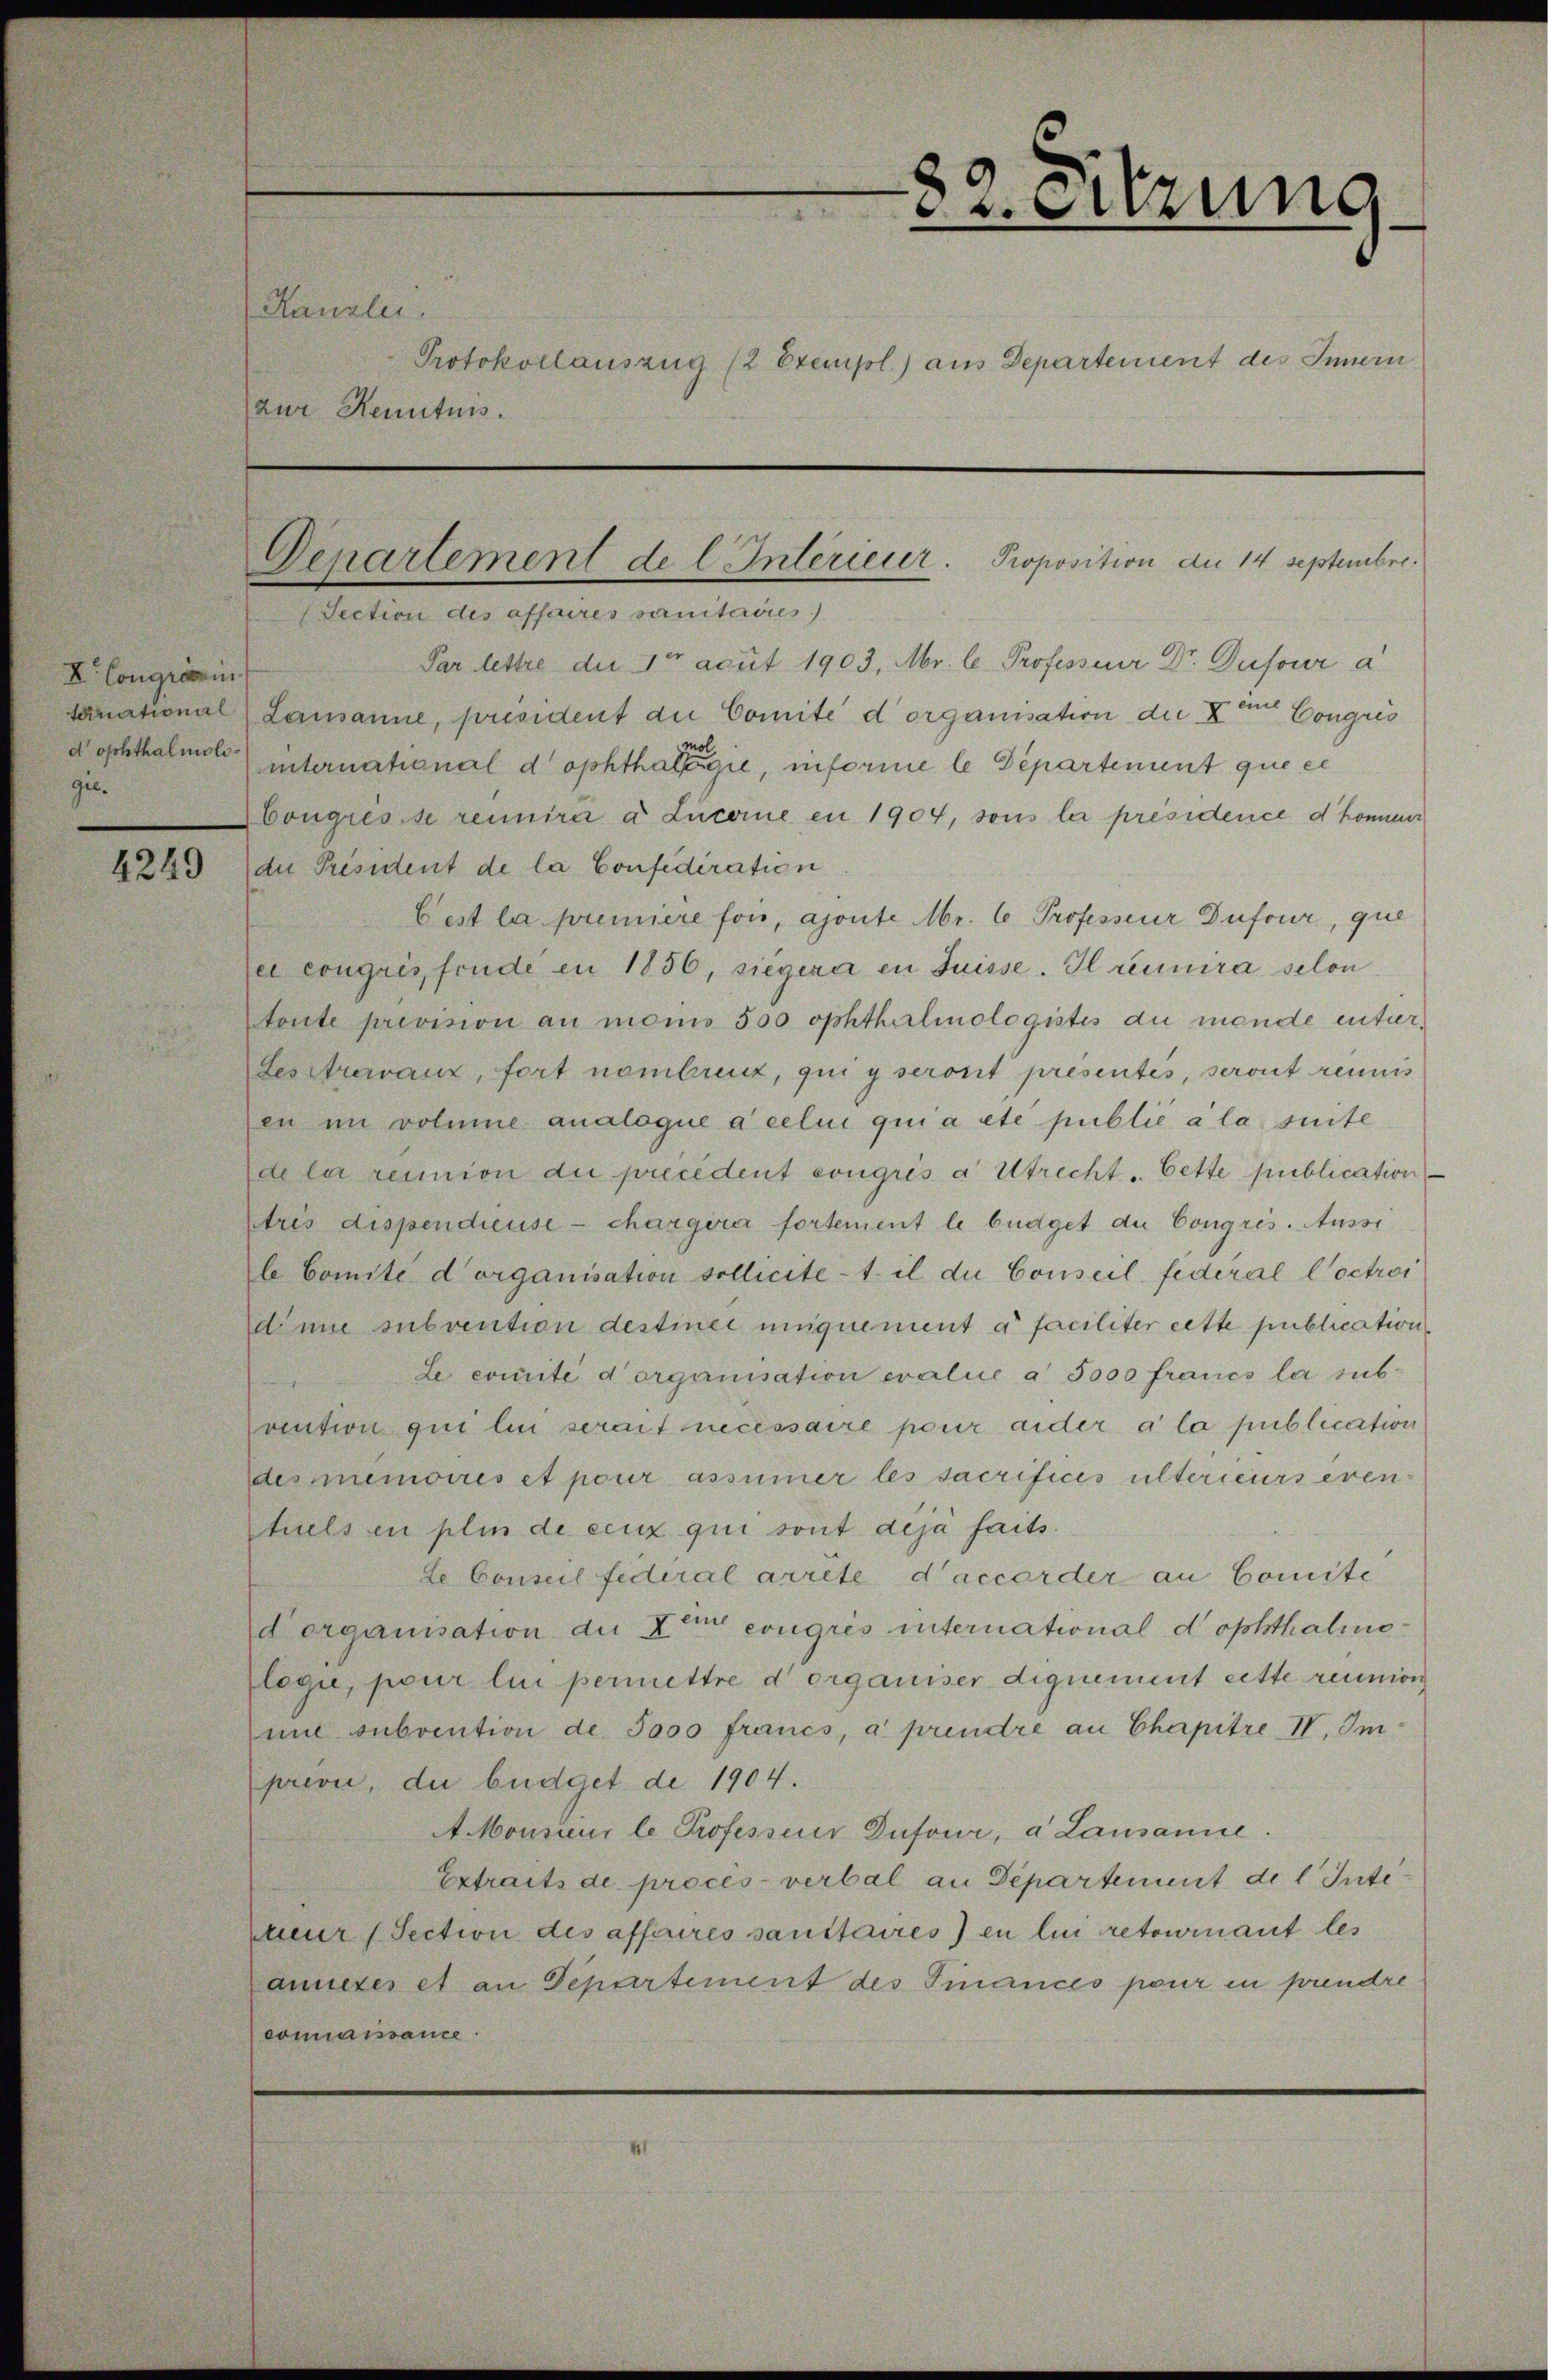
V. Congressin
ternational
gil.

4249

Kanzlei.

(aur Kenntnis.

82. Sitzung
Protokollauszug (2 Exempl.) aus Departement des Innern

Denartement de l. Interieur. Proposition an 14 Septembri
Section des affaires sanitaires)

Par lettre der 10 acut 1903, Mr. C. Professor Dr. Dufour a
Lausanne, président du Comité d’organisation der Dem Congres
dachthalmel) international dophthalten gie, informe le Departement que er
Congresse reinira a Lucerne en 1904, sous la présidence d honneur
du Président de la Considération
Fest la premiere fois, ajoute Mr. C. Professeur Dufour, que
ei congris finde in 1856, siegera en Suisse. Il réunira selon
toute prevision au moins 500 ophthalmologistes du mende entier,
Besitzervanz, fort nombreuz, qui y seront présentés, seront reinis
en im volume analogue à celui quia etc publié a la suite
de la remion die precedent congrés a Utrecht. Cette publication
Aris dispendieuse - chargira fortement le büdget du Congris. Aussi
le Comité d’organisation sollicite 1. il die Conseil fédéral Coctroi
dinne subvention destinee uniquement a faciliter cette publication
Le comité d’organisation evalie a 5000 francs la sub-
vention qui lin serait necessaire pour ander à la publication
desmemoires et pour assinner les sacrificis ulterieurs even-
tuels in plin de ceux qui sont déjà faits.
de Conseil fideral arrete d’accorder an Comite
dorganisation die zum congrés international dophthalinologie, pour lin permettre d organiser diquement cette réunion
une subvention de 3000 francs, à prendre an Chapitre IV. Imprivi, du büdget de 1904.
A Monsieur le Professor Dufour, a Lausanne.
Extraits de proces verbal an Departement de l Inte
neur (Section des affaires sanstaires en lui retournant les
amnetes et an Departement des Finances pour in prendre
connaissance.